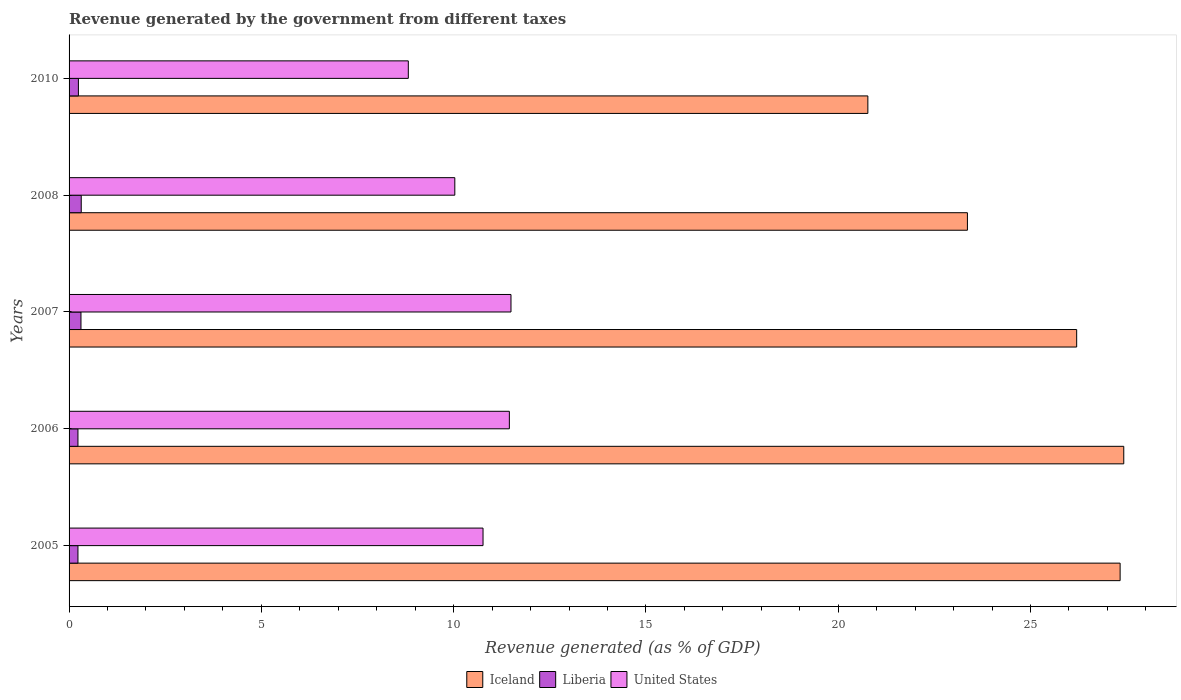
| Years | Iceland | Liberia | United States |
 | --- | --- | --- | --- |
 | 2005 | 27.3 | 0.231 | 10.8 |
 | 2006 | 27.4 | 0.231 | 11.4 |
 | 2007 | 26.2 | 0.309 | 11.5 |
 | 2008 | 23.4 | 0.316 | 10 |
 | 2010 | 20.8 | 0.243 | 8.82 |